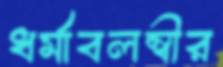
ধর্মাবলম্বীর